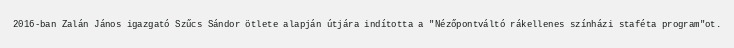
2016-ban Zalán János igazgató Szűcs Sándor ötlete alapján útjára indította a "Nézőpontváltó rákellenes színházi staféta program"ot.